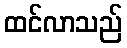
ထင်လာသည်